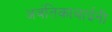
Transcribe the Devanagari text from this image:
अवंतिकाबाईंनी